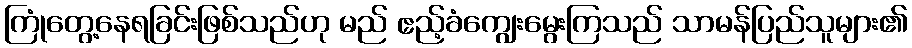
ကြုံတွေ့နေရခြင်းဖြစ်သည်ဟု မည် ဧည့်ခံကျွေးမွေးကြသည် သာမန်ပြည်သူများ၏